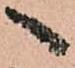
へ